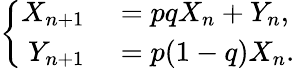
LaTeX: \left\{ \begin{array}{rl}{X_{n+1}}&{{}=pqX_{n}+Y_{n},}\\ {Y_{n+1}}&{{}=p(1-q)X_{n}.}\end{array}\right.